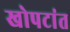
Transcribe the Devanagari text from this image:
खोपटांत